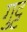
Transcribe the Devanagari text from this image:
गुट्ट